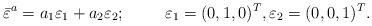
\begin{align*}\bar{\varepsilon}^{a} = a_1 \varepsilon_1 + a_2 \varepsilon_2; \hskip 1.0 cm\varepsilon_1 = (0,1,0)^T,\varepsilon_2 = (0,0,1)^T.\end{align*}